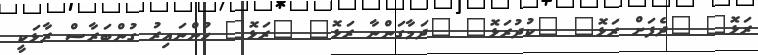
ރަޅޮ" "ދެފަށް ރަޅޮ" "ކުދުރަޅޮ" "ދަމާގަންނާ ރަޅޮ" "ރަޅޮ" ހުންނައިރު ގުންބަރާސް ރާޅަކީ